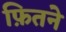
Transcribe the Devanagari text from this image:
फ़ितने